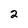
Character: 2